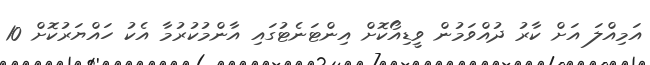
އަމިއްލަ އަށް ކާރު ދުއްވަމުން ވީޑިއޯކޮށް އިންޓަނެޓުގައި އާންމުކުރުމާ އެކު ހައްޔަރުކޮށް 10